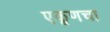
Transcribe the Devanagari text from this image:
एकूणचा